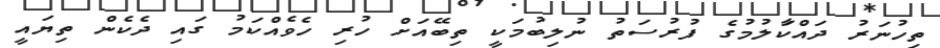
ތިހުނަރު ދައްކަާލުމުގެ ފުރުސަތު ނުލިބުމަކީ ތިބޭއަށް ހުރި ހެވެެއްކަމު ގައި ދެކެން ތިޔައީ